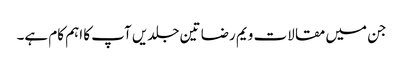
جن میں مقالات ویم رضا تین جلدیں آپ کا اہم کام ہے۔